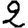
Digit: 2